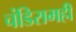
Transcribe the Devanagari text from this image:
चंडिरामही